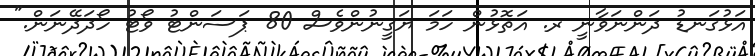
އަޅުގަނޑު ދަންނަވާނީ ރ. އަތޮޅުން ހަަމަ ޔަގީނުންވެސް 80 ޕަސަންޓު ވޯޓު ހޯދަދޭނަން."